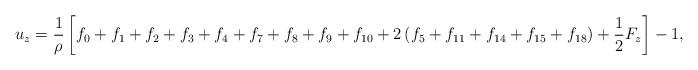
LaTeX: \begin{align*}{u_z} = \frac{1}{\rho }\left[ {{f_0} + {f_1} + {f_2} + {f_3} + {f_4} + {f_7} + {f_8} + {f_9} + {f_{10}} + 2\left( {{f_5} + {f_{11}} + {f_{14}} + {f_{15}} + {f_{18}}} \right) + \frac{1}{2}{F_z}} \right] - 1,\end{align*}